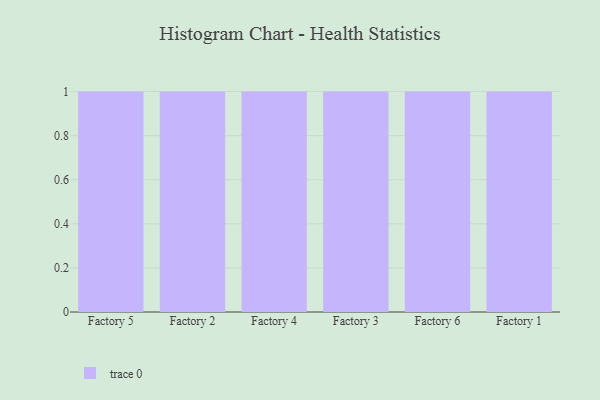
{"axis": {"x": "Factory", "y": "Backlog"}, "legend": [""], "data": [{"x": "Factory 5", "y": 22, "type": ""}, {"x": "Factory 2", "y": 15, "type": ""}, {"x": "Factory 4", "y": 60, "type": ""}, {"x": "Factory 3", "y": 83, "type": ""}, {"x": "Factory 6", "y": 13, "type": ""}, {"x": "Factory 1", "y": 69, "type": ""}]}